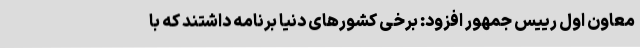
معاون اول رییس جمهور افزود: برخی کشورهای دنیا برنامه داشتند که با